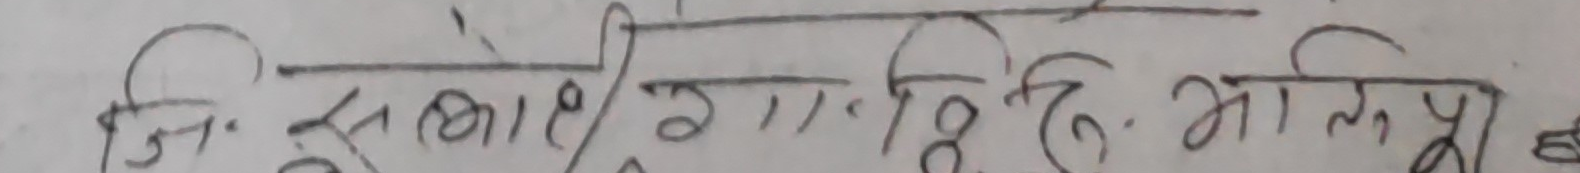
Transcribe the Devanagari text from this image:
जि. सवाहे २ग.हि. भाखिपू ८